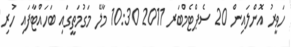
ހަވީރު އޮންލައިން 20 ސެޕްޓެމްބަރ 2011 10:30 މާލޭ މަގުމަތީގައި ބަހައްޓާފައި ހުރި